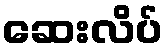
ဆေးလိပ်